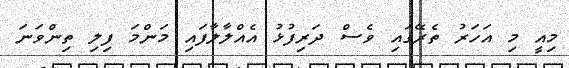
މިއީ މި އަހަރު ތެރޭގައި ވެސް ދަރިފުޅު އެއްލާލާފައި މަންމަ ފިލި ތިންވަނަ